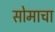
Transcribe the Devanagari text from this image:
सोमाचा